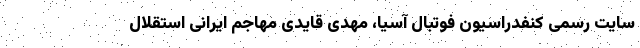
سایت رسمی کنفدراسیون فوتبال آسیا، مهدی قایدی مهاجم ایرانی استقلال